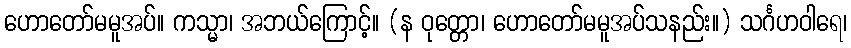
ဟောတော်မမူအပ်။ ကသ္မာ၊ အဘယ်ကြောင့်။ (န ဝုတ္တော၊ ဟောတော်မမူအပ်သနည်း။) သင်္ဂဟဝါရေ၊